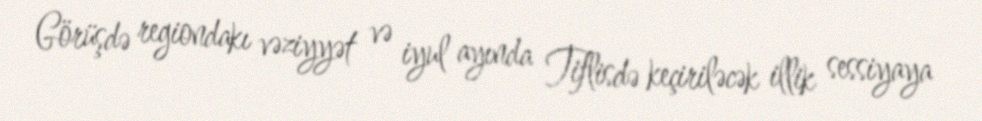
Görüşdə regiondakı vəziyyət və iyul ayında Tiflisdə keçiriləcək illik sessiyaya